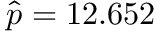
\hat { p } = 1 2 . 6 5 2